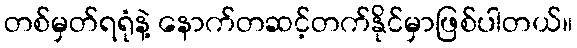
တစ်မှတ်ရရုံနဲ့ နောက်တဆင့်တက်နိုင်မှာဖြစ်ပါတယ်။